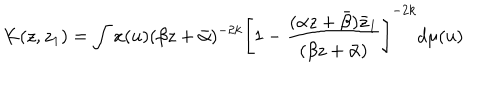
K ( z , z _ { 1 } ) = \int x ( u ) ( \beta z + \bar { \alpha } ) ^ { - 2 k } \left[ 1 - \frac { ( \alpha z + \bar { \beta } ) \bar { z } _ { 1 } } { ( \beta z + \bar { \alpha } ) } \right] ^ { - 2 k } d \mu ( u )